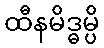
ထီနမိဒ္ဓမ္ပိ